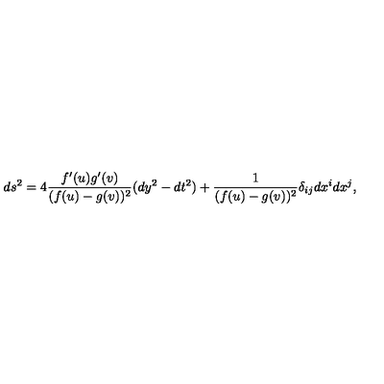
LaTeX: d s ^ { 2 } = 4 \frac { f ^ { \prime } ( u ) g ^ { \prime } ( v ) } { ( f ( u ) - g ( v ) ) ^ { 2 } } ( d y ^ { 2 } - d t ^ { 2 } ) + \frac { 1 } { ( f ( u ) - g ( v ) ) ^ { 2 } } \delta _ { i j } d x ^ { i } d x ^ { j } , \,